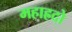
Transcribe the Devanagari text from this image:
महाह्रदो